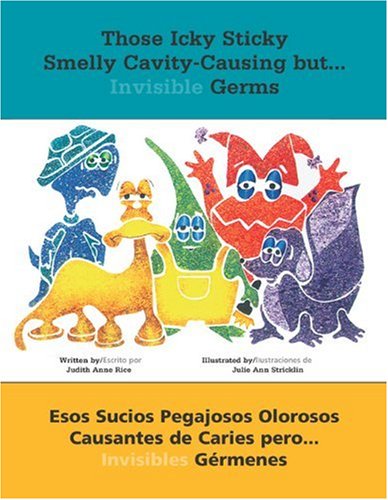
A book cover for Those Icky Sticky Smelly Cavity-Causing but . . .: Esos sucios pegajosos olorosos causantes de caries pero . . . invisibles gÃ©rmenes (Spanish Edition); Judith Anne Rice; Medical Books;